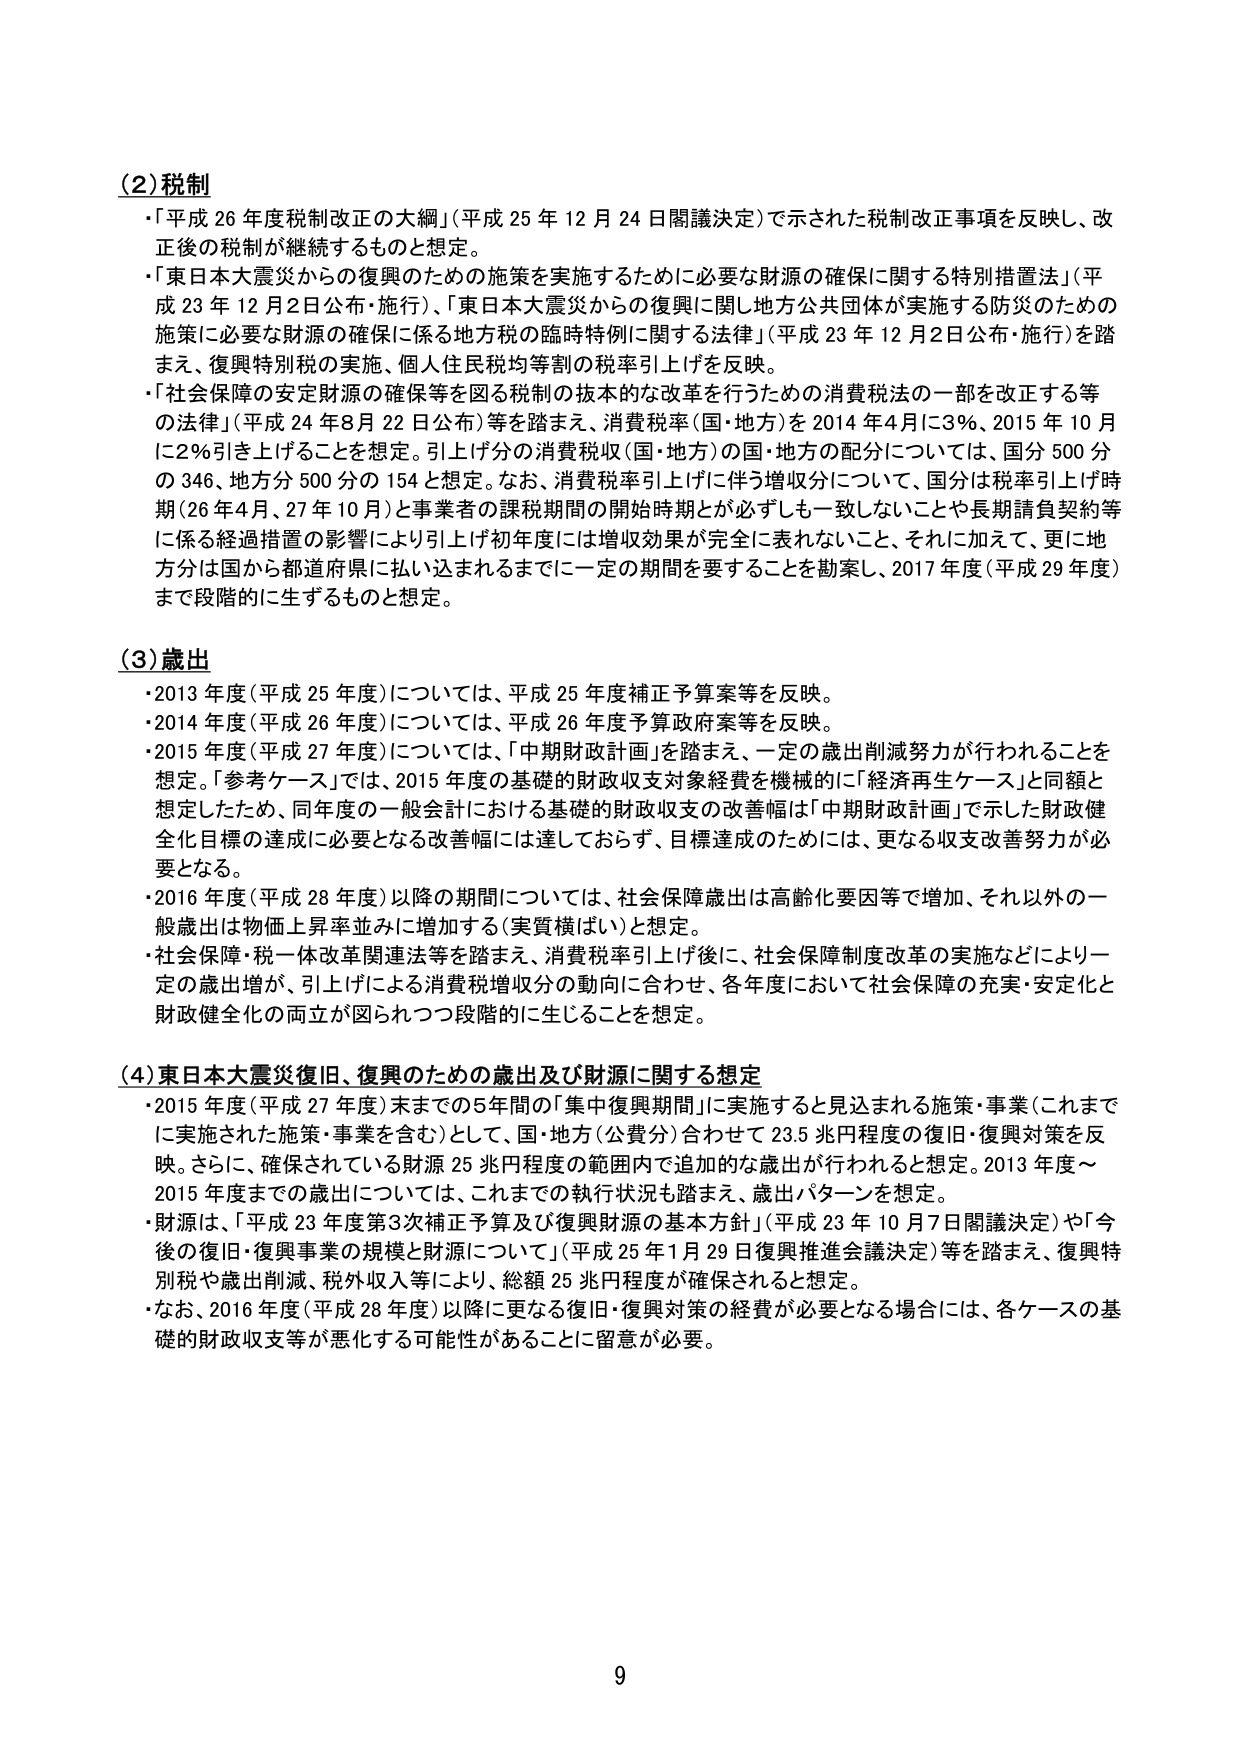
(2) 税制
・「平成26年度税制改正の大綱」（平成25年12月24日閣議決定）で示された税制改正事項を反映し、改正後の税制が継続するものと想定。
・「東日本大震災からの復興のための施策を実施するために必要な財源の確保に関する特別措置法」（平成23年12月2日公布・施行）、「東日本大震災からの復興に関し地方公共団体が実施する防災のための施策に必要な財源の確保に係る地方税の臨時特例に関する法律」（平成23年12月2日公布・施行）を踏まえ、復興特別税の実施、個人住民税均等割の税率引上げを反映。
・「社会保障の安定財源の確保等を図る税制の抜本的な改革を行うための消費税法の一部を改正する等の法律」（平成24年8月22日公布）等を踏まえ、消費税率（国・地方）を2014年4月に3％、2015年10月に2％引き上げることを想定。引上げ分の消費税収（国・地方）の国・地方の配分については、国分500分の346、地方分500分の154と想定。なお、消費税率引上げに伴う増収分については、国分は税率引上げ時期（26年4月、27年10月）と事業者の課税期間の開始時期が必ずしも一致しないことや長期請負契約等に係る経過措置の影響により引上げ初年度には増収効果が完全に表れないこと、それに加えて、更に地方分は国から都道府県に払い込まれるまでに一定の期間を要することを勘案し、2017年度（平成29年度）まで段階的に生ずるものと想定。

(3) 歳出
・2013年度（平成25年度）については、平成25年度補正予算案等を反映。
・2014年度（平成26年度）については、平成26年度予算政府案等を反映。
・2015年度（平成27年度）については、「中期財政計画」を踏まえ、一定の歳出削減努力が行われることを想定。「参考ケース」では、2015年度の基礎的財政収支対象経費を機械的に「経済再生ケース」と同額と想定したため、同年度の一般会計における基礎的財政収支の改善幅は「中期財政計画」で示した財政健全化目標の達成に必要となる改善幅には達しておらず、目標達成のためには、更なる収支改善努力が必要となる。
・2016年度（平成28年度）以降の期間については、社会保障歳出は高齢化要因等で増加、それ以外の一般歳出は物価上昇率並みに増加する（実質横ばい）と想定。
・社会保障・税一体改革関連法等を踏まえ、消費税率引上げ後に、社会保障制度改革の実施などにより一定の歳出増が、引上げによる消費税増収分の動向に合わせ、各年度において社会保障の充実・安定化と財政健全化の両立が図られつつ段階的に生じることを想定。

(4) 東日本大震災復旧、復興のための歳出及び財源に関する想定
・2015年度（平成27年度）末までの5年間の「集中復興期間」に実施すると見込まれる施策・事業（これまでに実施された施策・事業を含む）として、国・地方（公費分）合わせて23.5兆円程度の復旧・復興対策を反映。さらに、確保されている財源25兆円程度の範囲内で追加的な歳出が行われると想定。2013年度～2015年度までの歳出については、これまでの執行状況も踏まえ、歳出パターンを想定。
・財源は、「平成23年度第3次補正予算及び復興財源の基本方針」（平成23年10月7日閣議決定）や「今後の復旧・復興事業の規模と財源について」（平成25年1月29日復興推進会議決定）等を踏まえ、復興特別税や歳出削減、税外収入等により、総額25兆円程度が確保されると想定。
・なお、2016年度（平成28年度）以降に更なる復旧・復興対策の経費が必要となる場合には、各ケースの基礎的財政収支等が悪化する可能性があることに留意が必要。

9